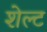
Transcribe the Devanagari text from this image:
शेल्ट